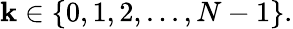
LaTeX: \mathbf{k}\in\{ 0,1,2,...,N-1\} .